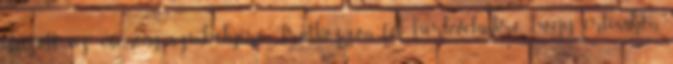
utazott az esemény színhelyére. Iratkozzon fel hírlevelünkre, hogy értesüljön